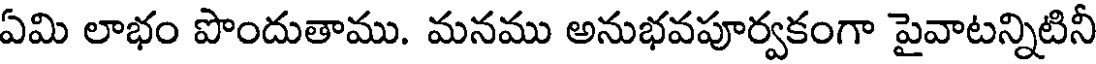
ఏమి లాభం పొందుతాము. మనము అనుభవపూర్వకంగా పైవాటన్నిటినీ